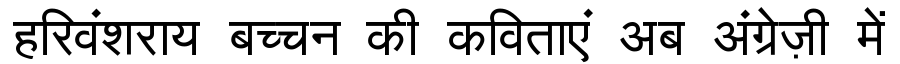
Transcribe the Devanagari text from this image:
हरिवंशराय बच्चन की कविताएं अब अंग्रेज़ी में